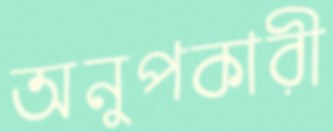
অনুপকারী